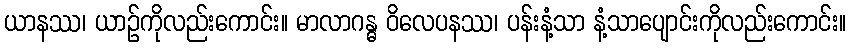
ယာနဿ၊ ယာဉ်ကိုလည်းကောင်း။ မာလာဂန္ဓ ဝိလေပနဿ၊ ပန်းနံ့သာ နံ့သာပျောင်းကိုလည်းကောင်း။